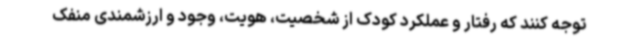
توجه کنند که رفتار و عملکرد کودک از شخصیت، هویت، وجود و ارزشمندی منفک